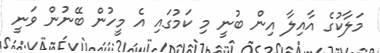
މަލާކުގެ އާއިލާ އިން ބުނީ މި ކަމުގައި އެ މީހުން ބޭނުން ވަނީ